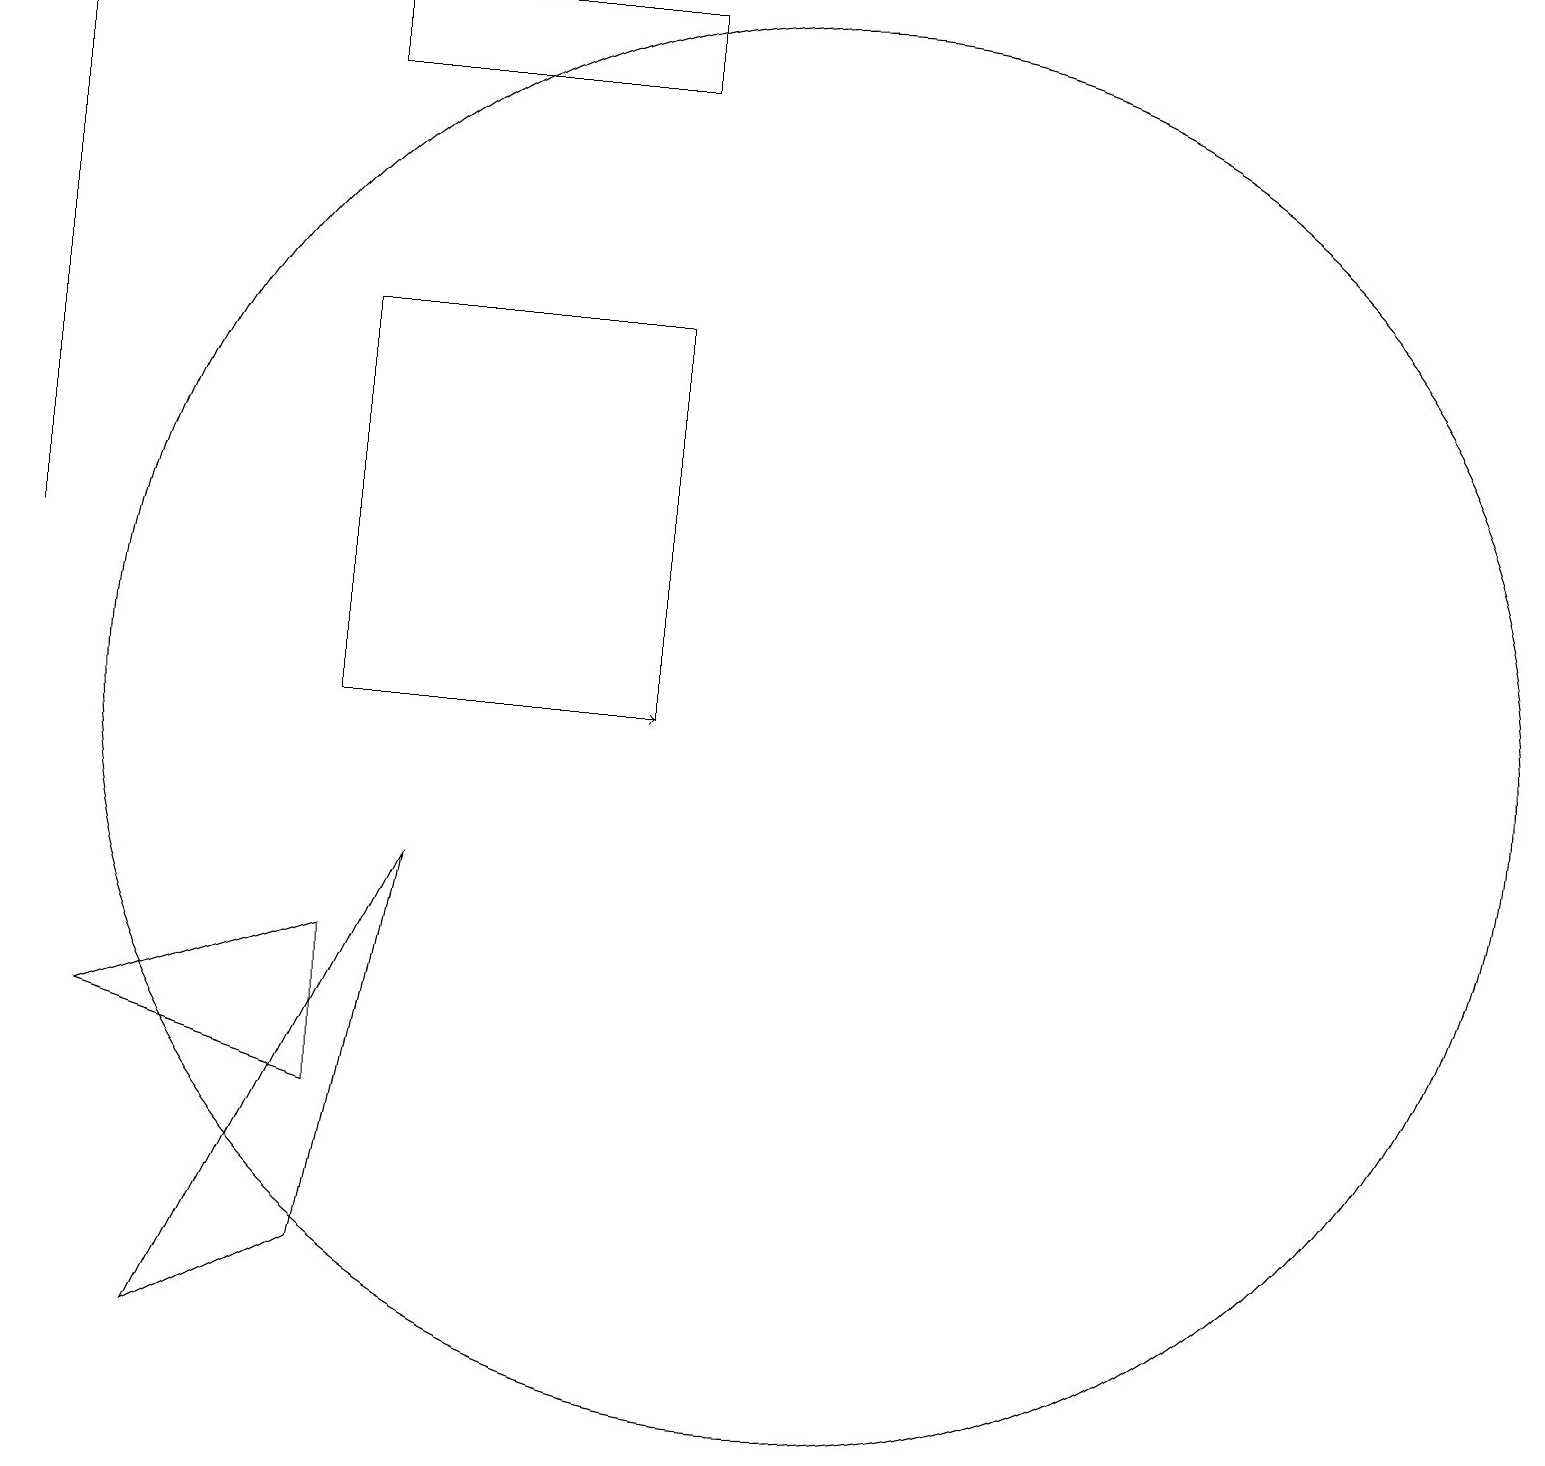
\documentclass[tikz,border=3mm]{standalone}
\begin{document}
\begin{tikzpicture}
\draw (8,10) rectangle (4,15);
\draw (4,7) -- (1,6) -- (4,5) -- cycle;
\draw (8,18) rectangle (4,19);
\draw[->] (5,10) -- (8,10);
\draw (10,10) circle (9);
\draw (2,2) -- (5,8) -- (4,3) -- cycle;
\draw (1,18) rectangle (1,18);
\draw (0,12) rectangle (0,19);
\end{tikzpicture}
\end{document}